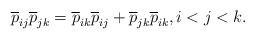
\begin{gather*} {\overline{p}}_{ij}{\overline{p}}_{jk}={\overline{p}}_{ik}{\overline{p}}_{ij}+{\overline{p}}_{jk}{\overline{p}}_{ik},i < j < k.\end{gather*}